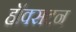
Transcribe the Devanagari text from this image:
हॉक्सटन